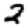
Digit: 2